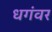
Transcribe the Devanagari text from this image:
धगंवर